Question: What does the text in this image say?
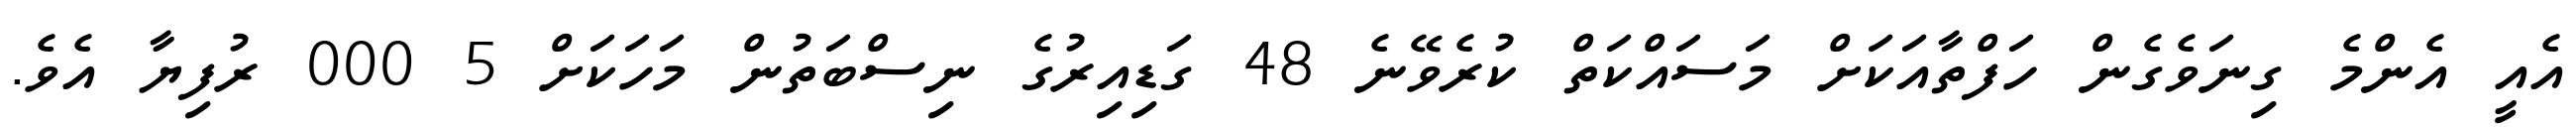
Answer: އެއީ އެންމެ ގިނަވެގެން ހަފްތާއަކަށް މަސައްކަތް ކުރެވޭނެ 48 ގަޑިއިރުގެ ނިސްބަތުން މަހަކަށް 5 000 ރުފިޔާ އެވެ.